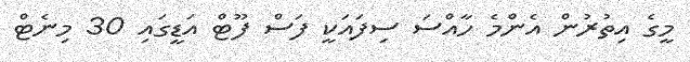
މީގެ އިތުރުން އެންމެ ހާއްސަ ސިފައަކީ ފަސް ފޫޓް އަޑީގައި 30 މިނެޓް